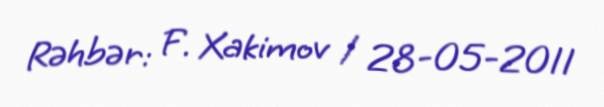
Rəhbər: F. Xakimov / 28-05-2011